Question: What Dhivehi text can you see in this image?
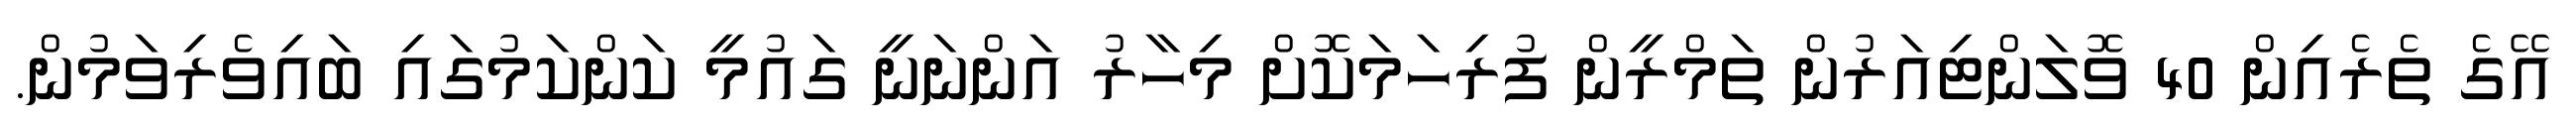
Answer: އޭގެ ތެރެއިން 40 ވޮލަންޓިއަރުން ތަމްރީން ފުރިހަމަކޮށް މިހާރު އަންނަނީ ގައުމީ ކަންކަމުގައި ބައިވެރިވަމުން.